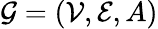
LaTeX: \mathcal{G}=(\mathcal{V},\mathcal{E},A)